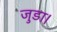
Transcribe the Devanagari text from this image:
जुडा।